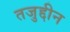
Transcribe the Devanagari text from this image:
तजुद्दीन